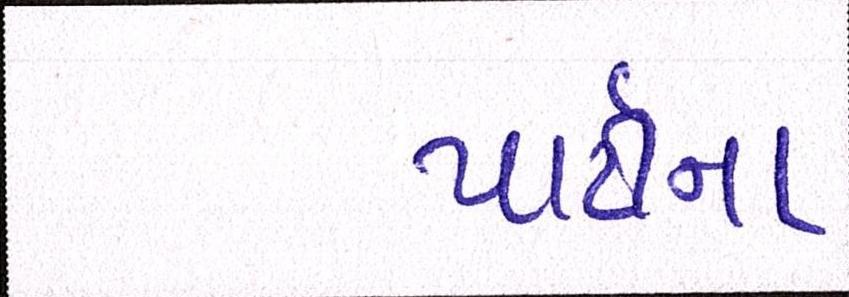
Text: પાર્ટીનાં